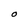
Character: O